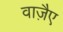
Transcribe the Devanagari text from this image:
वाजै़ए